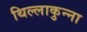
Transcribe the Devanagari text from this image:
थिल्लाकुन्ना